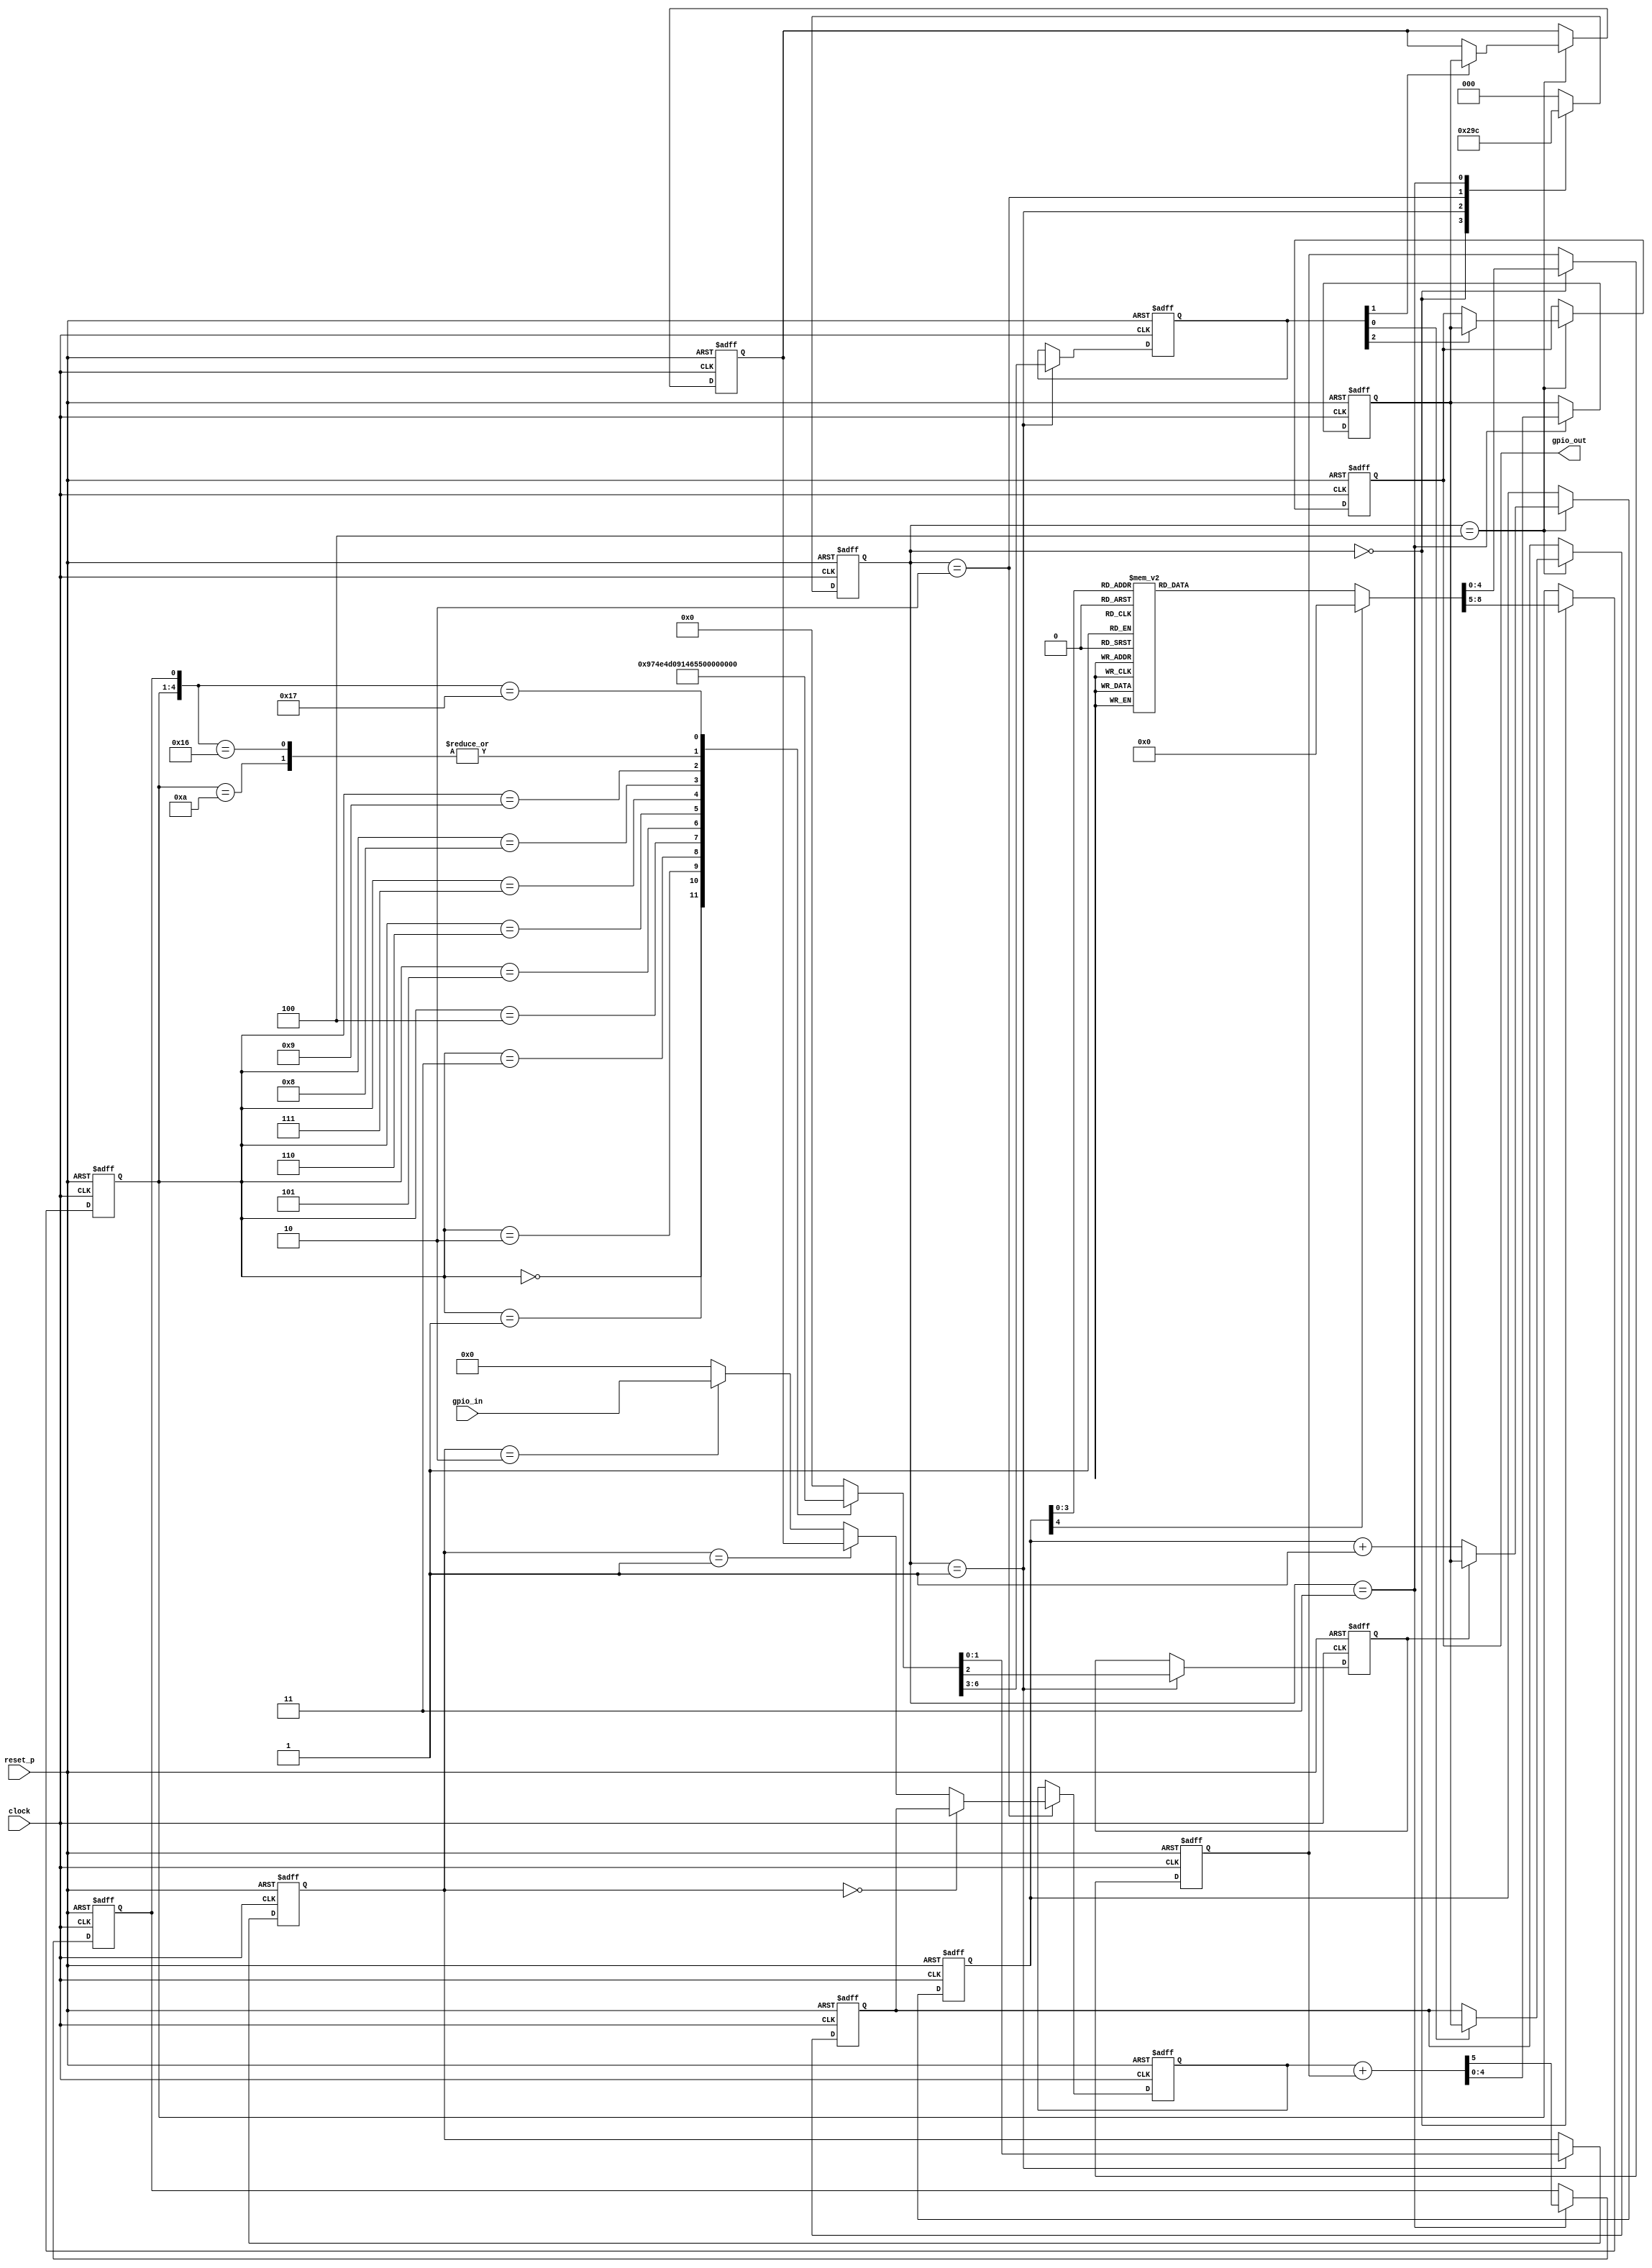
module fourbit_tiny_processor_32(
    input clock,
    input reset_p,
    input [4:0]gpio_in,
    output [4:0]gpio_out
    );
    
    reg [2:0]state;
    reg [4:0]PC;
    reg [3:0]INST;
    reg [4:0]IMM;
    reg [3:0]wr_en;
    reg jump_en;
    reg [1:0]sel_idx;
    reg [4:0]sel_val;
    reg [4:0]REGA, REGB;
    reg [4:0]add_result;
    reg CF;
    reg [4:0]gpio_out;

    wire [5:0]tmp_add_result;
    
    always@( posedge clock or posedge reset_p)begin
        if( reset_p == 1'b1)begin
            state <= 3'b000;
            PC <= 5'b0;
            INST <= 4'b0;
            IMM <= 5'b0;
            wr_en <= 4'b0;
            jump_en <= 1'b0;
            sel_idx <= 2'b0;
            sel_val <= 5'b0;
            REGA <= 5'b0;
            REGB <= 5'b0;
            add_result <= 5'b0;
            CF <= 1'b0;
            gpio_out <= 5'b0;
        end else begin
            case( state)
            3'b000:begin // read ROM
                state <= 3'b001;
                {INST, IMM} <= ROM( PC);                
            end
            3'b001:begin // decode inst
                state <= 3'b010;
                {wr_en, jump_en, sel_idx} <= INST_DEC( INST, CF);
            end
            3'b010:begin // select reg
                state <= 3'b011;
                sel_val <= sel_idx == 2'b00 ? REGA :
                                    sel_idx == 2'b01 ? REGB :
                                    sel_idx == 2'b10 ? gpio_in :
                                    5'b00000;
            end
            3'b011:begin // execute
                state <= 3'b100;
                add_result <= tmp_add_result[4:0];
                CF <= tmp_add_result[5];
            end
            3'b100:begin // write back regs
                state <= 3'b000;
                if( wr_en[0] == 1'b1) REGA <= add_result;
                if( wr_en[1] == 1'b1) REGB <= add_result;
                if( wr_en[2] == 1'b1) gpio_out <= add_result;
                if( jump_en == 1'b1)
                    PC <= add_result;
                else
                    PC <= PC + 1'b1;
            end
            default:begin
                state <= 3'b000;
            end
            endcase
        end
    end
        
    function [8:0]ROM( input [4:0]address);
    begin
        case( address)
        /* LED Blinking */
//        5'b00000: ROM = 9'b1000_00001;
//        5'b00001: ROM = 9'b1000_00010;
//        5'b00010: ROM = 9'b1000_00100;
//        5'b00011: ROM = 9'b1000_01000;
//        5'b00100: ROM = 9'b1000_00100;
//        5'b00101: ROM = 9'b1000_00010;
//        5'b00110: ROM = 9'b1010_00000;
        
        5'b00000: ROM = 9'b1000_00001;
        5'b00001: ROM = 9'b1000_00010;
        5'b00010: ROM = 9'b1000_00100;
        5'b00011: ROM = 9'b1000_01000;
        5'b00100: ROM = 9'b1000_10000;
        5'b00101: ROM = 9'b1000_01000;
        5'b00110: ROM = 9'b1000_00100;
        5'b00111: ROM = 9'b1000_00010;
        5'b01000: ROM = 9'b1010_00001;
        
        default: ROM = 9'b0000_00000;
/*         4'b0111: ROM = 8'h00;
        4'b1000: ROM = 8'h00;
        4'b1001: ROM = 8'h00;
        4'b1010: ROM = 8'h00;
        4'b1011: ROM = 8'h00;
        4'b1100: ROM = 8'h00;
        4'b1101: ROM = 8'h00;
        4'b1110: ROM = 8'h00;
        4'b1111: ROM = 8'h00; */

        /* Timer for 3min 
        4'b0000: ROM = 8'h87; // OUT 0111
        4'b0001: ROM = 8'h41; // ADD A,0001
        4'b0010: ROM = 8'hB1; // JNC 0001
        4'b0011: ROM = 8'h41; // ADD A,001
        4'b0100: ROM = 8'hB3; // JNC 0011
        4'b0101: ROM = 8'h86; // OUT 0110
        4'b0110: ROM = 8'h41; // ADD A,0001
        4'b0111: ROM = 8'hB6; // JNC 0110
        4'b1000: ROM = 8'h41; // ADD A,0001
        4'b1001: ROM = 8'hB8; // JNC 1000
        4'b1010: ROM = 8'h80; // OUT 0000
        4'b1011: ROM = 8'h84; // OUT 0100
        4'b1100: ROM = 8'h41; // ADD 0001
        4'b1101: ROM = 8'hBA; // JNC 1010
        4'b1110: ROM = 8'h88; // OUT 1000
        4'b1111: ROM = 8'hAF; // JMP 1111
        */
        endcase
    end
    endfunction
    
    function [6:0]INST_DEC( input [3:0]inst, input CF);
    begin
        casex( {inst, CF})
        5'b0000_x: INST_DEC = 7'b1001_0_11;
        5'b0001_x: INST_DEC = 7'b1010_0_11;
        5'b0010_x: INST_DEC = 7'b1001_0_01;
        5'b0011_x: INST_DEC = 7'b1010_0_00;
        5'b0100_x: INST_DEC = 7'b1001_0_00;
        5'b0101_x: INST_DEC = 7'b1010_0_01;
        5'b0110_x: INST_DEC = 7'b1001_0_10;
        5'b0111_x: INST_DEC = 7'b1010_0_10;
        5'b1000_x: INST_DEC = 7'b1100_0_11;
        5'b1001_x: INST_DEC = 7'b1100_0_01;
        5'b1010_x: INST_DEC = 7'b1000_1_11;
        5'b1011_0: INST_DEC = 7'b1000_1_11;
        5'b1011_1: INST_DEC = 7'b1000_0_11;
        default:   INST_DEC = 7'b0000_0_00;
        endcase
    end
    endfunction
    
    assign tmp_add_result = sel_val + IMM;
    
endmodule